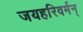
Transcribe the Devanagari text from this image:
जयहरिवर्मन्